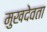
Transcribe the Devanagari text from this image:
मुखदेवता